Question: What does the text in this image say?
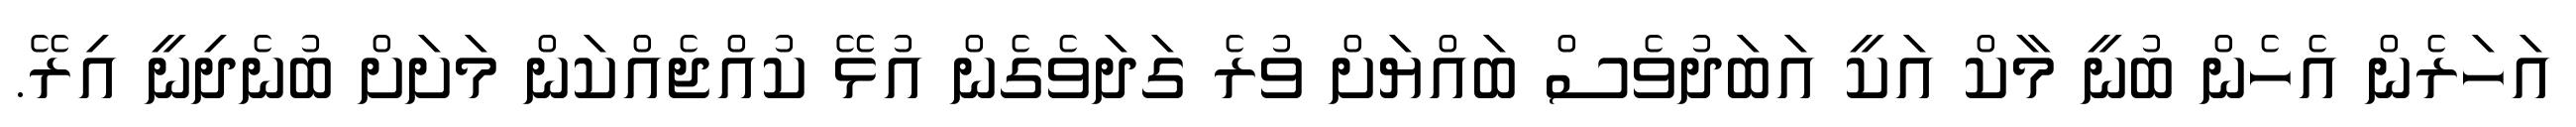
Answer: އަހަރެން އެހެން ބުނީ މާކް އަކީ އަބަދުވެސް ބައްޔަށް ވުރެ ގަދަވެގެން އުޅޭ ކުއްޖެއްކަން މަށަށް ބުނެދިނީ އިރޭ.